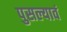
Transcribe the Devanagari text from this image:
पुसल्यावं